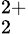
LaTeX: _2^{2+}